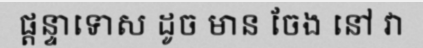
ផ្តន្ទាទោស ដូច មាន ចែង នៅ វា